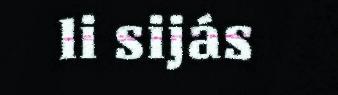
li sijás